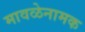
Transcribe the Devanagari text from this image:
मावळेनामक